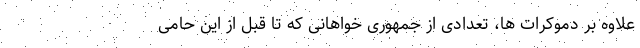
علاوه بر دموکرات ها، تعدادی از جمهوری خواهانی که تا قبل از این حامی